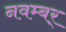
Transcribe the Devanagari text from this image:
नवम्बर्